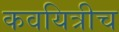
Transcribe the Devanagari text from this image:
कवयित्रीच